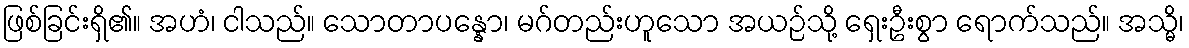
ဖြစ်ခြင်းရှိ၏။ အဟံ၊ ငါသည်။ သောတာပန္နော၊ မဂ်တည်းဟူသော အယဉ်သို့ ရှေးဦးစွာ ရောက်သည်။ အသ္မိ၊